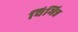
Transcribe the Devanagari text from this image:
विभिन्न